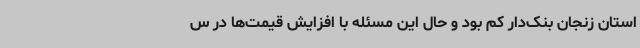
استان زنجان بنک‌دار کم بود و حال این مسئله با افزایش قیمت‌ها در س